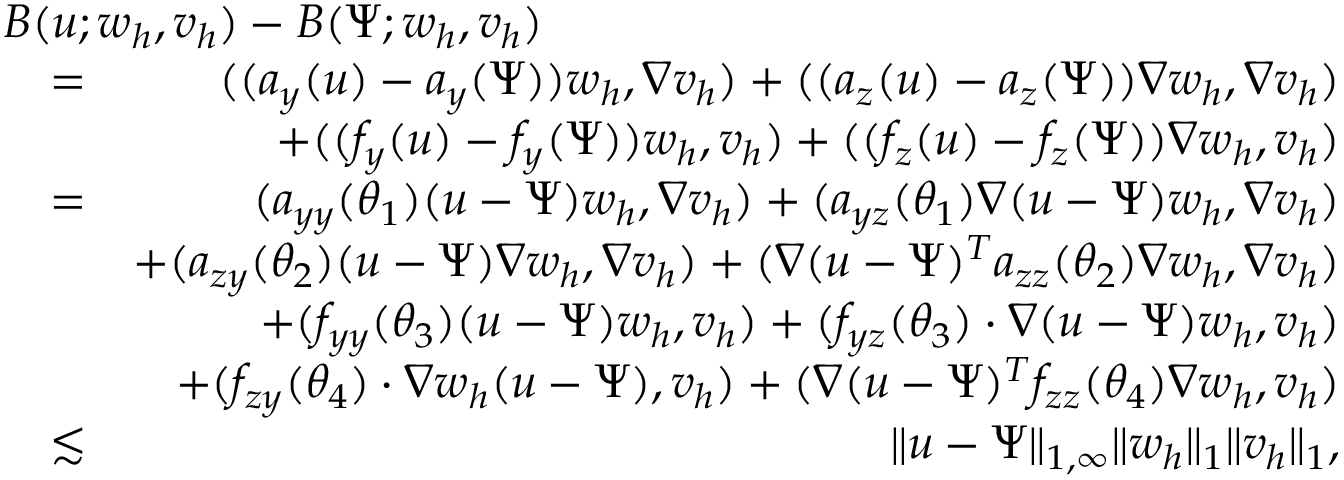
\begin{array} { r l r } { \lefteqn { B ( u ; w _ { h } , v _ { h } ) - B ( \Psi ; w _ { h } , v _ { h } ) } } \\ & { = } & { ( ( \boldsymbol { a } _ { y } ( u ) - \boldsymbol { a } _ { y } ( \Psi ) ) w _ { h } , \nabla v _ { h } ) + ( ( \boldsymbol { a } _ { \boldsymbol { z } } ( u ) - \boldsymbol { a } _ { \boldsymbol { z } } ( \Psi ) ) \nabla w _ { h } , \nabla v _ { h } ) } \\ & { } & { + ( ( f _ { y } ( u ) - f _ { y } ( \Psi ) ) w _ { h } , v _ { h } ) + ( ( f _ { \boldsymbol { z } } ( u ) - f _ { \boldsymbol { z } } ( \Psi ) ) \nabla w _ { h } , v _ { h } ) } \\ & { = } & { ( \boldsymbol { a } _ { y y } ( \theta _ { 1 } ) ( u - \Psi ) w _ { h } , \nabla v _ { h } ) + ( \boldsymbol { a } _ { y \boldsymbol { z } } ( \theta _ { 1 } ) \nabla ( u - \Psi ) w _ { h } , \nabla v _ { h } ) } \\ & { } & { + ( \boldsymbol { a } _ { \boldsymbol { z } y } ( \theta _ { 2 } ) ( u - \Psi ) \nabla w _ { h } , \nabla v _ { h } ) + ( \nabla ( u - \Psi ) ^ { T } \boldsymbol { a } _ { \boldsymbol { z z } } ( \theta _ { 2 } ) \nabla w _ { h } , \nabla v _ { h } ) } \\ & { } & { + ( f _ { y y } ( \theta _ { 3 } ) ( u - \Psi ) w _ { h } , v _ { h } ) + ( f _ { y \boldsymbol { z } } ( \theta _ { 3 } ) \cdot \nabla ( u - \Psi ) w _ { h } , v _ { h } ) } \\ & { } & { + ( f _ { \boldsymbol { z } y } ( \theta _ { 4 } ) \cdot \nabla w _ { h } ( u - \Psi ) , v _ { h } ) + ( \nabla ( u - \Psi ) ^ { T } f _ { \boldsymbol { z z } } ( \theta _ { 4 } ) \nabla w _ { h } , v _ { h } ) } \\ & { \lesssim } & { \| u - \Psi \| _ { 1 , \infty } \| w _ { h } \| _ { 1 } \| v _ { h } \| _ { 1 } , } \end{array}